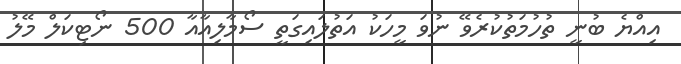
އިއްޔެ ބުނީ ތުހުމަތުކުރެވޭ ނުވަ މީހަކު އަތުލައިގަތީ ސޯމާލިއާއާ 500 ނޯޓިކަލް މޭލު